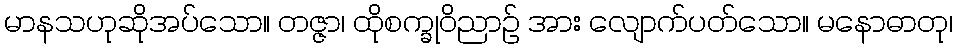
မာနသဟုဆိုအပ်သော။ တဇ္ဇာ၊ ထိုစက္ခုဝိညာဉ် အား လျောက်ပတ်သော။ မနောဓာတု၊